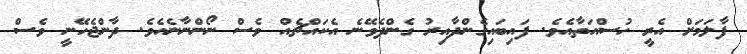
ފާލަމަށް އެރީ ހުސްއަތާއެވެ. ފައިބައިގެންދާއިރު ގެންދެވޭނެ އެކައްޗެއް ވެސް ނޯންނާނެއެވެ. ދާންޖެހޭނީ ވެސް